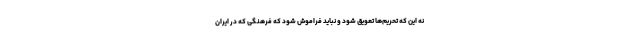
نه این که تحریم‌ها تعویق شود و نباید فراموش شود که فرهنگی که در ایران